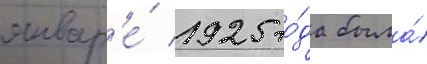
январ'е́ 1925 го́да была́